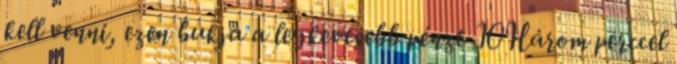
kell venni, ezen bukja a legkevesebb pénzt 10Három perccel